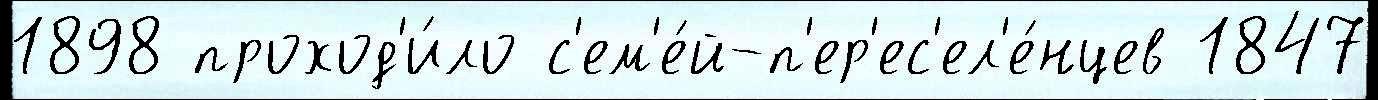
1898 проход'и́ло с'ем'е́й-п'ер'ес'ел'е́нцев 1847